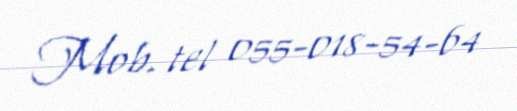
Mob. tel 055-018-54-64